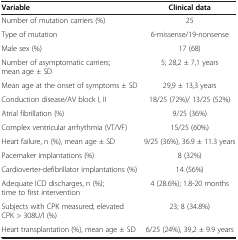
<table><thead><tr><td><b>Variable</b></td><td><b>Clinical data</b></td></tr></thead><tbody><tr><td>Number of mutation carriers (%)</td><td>25</td></tr><tr><td>Type of mutation</td><td>6-missense/19-nonsense</td></tr><tr><td>Male sex (%)</td><td>17 (68)</td></tr><tr><td>Number of asymptomatic carriers; mean age ± SD</td><td>5; 28,2 ± 7,1 years</td></tr><tr><td>Mean age at the onset of symptoms ± SD</td><td>29,9 ± 13,3 years</td></tr><tr><td>Conduction disease/AV block I, II</td><td>18/25 (72%)/ 13/25 (52%)</td></tr><tr><td>Atrial fibrillation (%)</td><td>9/25 (36%)</td></tr><tr><td>Complex ventricular arrhythmia (VT/VF)</td><td>15/25 (60%)</td></tr><tr><td>Heart failure, n (%), mean age ± SD</td><td>9/25 (36%), 36.9 ± 11.3 years</td></tr><tr><td>Pacemaker implantations (%)</td><td>8 (32%)</td></tr><tr><td>Cardioverter-defibrillator implantations (%)</td><td>14 (56%)</td></tr><tr><td>Adequate ICD discharges, n (%); time to first intervention</td><td>4 (28.6%); 1.8-20 months</td></tr><tr><td>Subjects with CPK measured; elevated CPK &gt; 308U/l (%)</td><td>23; 8 (34.8%)</td></tr><tr><td>Heart transplantation (%), mean age ± SD</td><td>6/25 (24%), 39,2 ± 9.9 years</td></tr></tbody></table>